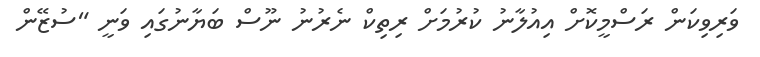
ވަރިވިކަން ރަސްމީކޮށް އިއުލާނު ކުރުމަށް ރިތިކް ނެރުނު ނޫސް ބަޔާނުގައި ވަނީ "ސުޒޭން